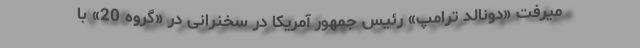
میرفت «دونالد ترامپ» رئیس جمهور آمریکا در سخنرانی در «گروه 20» با